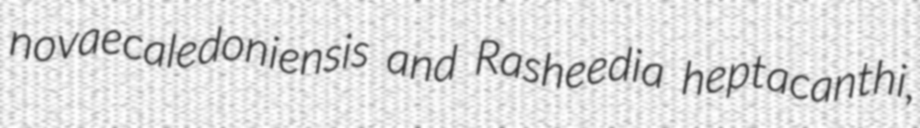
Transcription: novaecaledoniensis and Rasheedia heptacanthi,